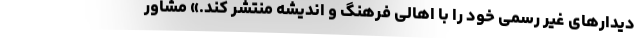
دیدارهای غیر رسمی خود را با اهالی فرهنگ و اندیشه منتشر کند.» مشاور